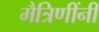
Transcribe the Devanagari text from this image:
मैत्रिणींनी